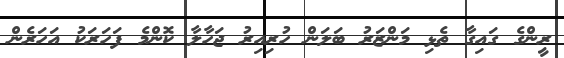
ރީންގެ ގައިގާ ތެޅި މަންޒަރު ބަލަން ހުރިއިރު ޖަހާލާ ކޮންމެ ފަހަރަކު އަހަރެން